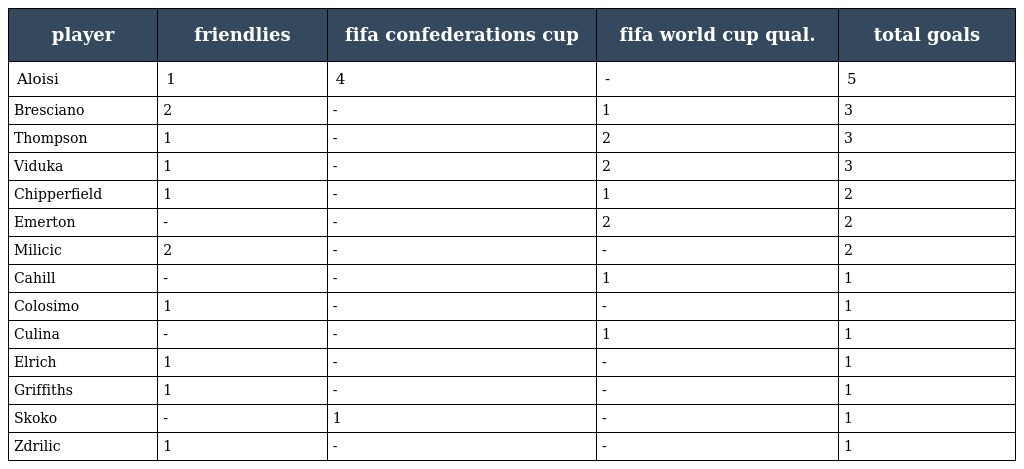
| player | friendlies | fifa confederations cup | fifa world cup qual. | total goals |
 | --- | --- | --- | --- | --- |
 | Aloisi | 1 | 4 | - | 5 |
 | Bresciano | 2 | - | 1 | 3 |
 | Thompson | 1 | - | 2 | 3 |
 | Viduka | 1 | - | 2 | 3 |
 | Chipperfield | 1 | - | 1 | 2 |
 | Emerton | - | - | 2 | 2 |
 | Milicic | 2 | - | - | 2 |
 | Cahill | - | - | 1 | 1 |
 | Colosimo | 1 | - | - | 1 |
 | Culina | - | - | 1 | 1 |
 | Elrich | 1 | - | - | 1 |
 | Griffiths | 1 | - | - | 1 |
 | Skoko | - | 1 | - | 1 |
 | Zdrilic | 1 | - | - | 1 |